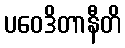
ပဝေဒိတာနီတိ